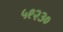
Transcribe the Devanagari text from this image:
५९२३०